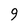
Character: 9